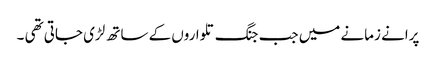
پرانے زمانے میں جب جنگ تلواروں کے ساتھ لڑی جاتی تھی ۔